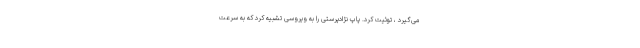
می‌گیرد ، توئیت کرد. پاپ نژادپرستی را به ویروسی تشبیه کرد که به سرعت